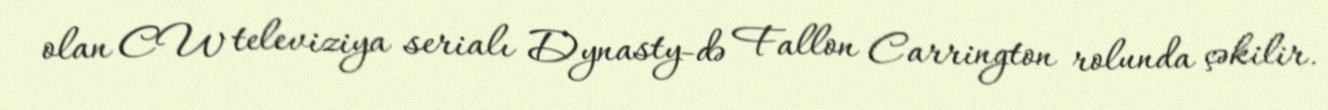
olan CW televiziya serialı Dynasty-də Fallon Carrington rolunda çəkilir.